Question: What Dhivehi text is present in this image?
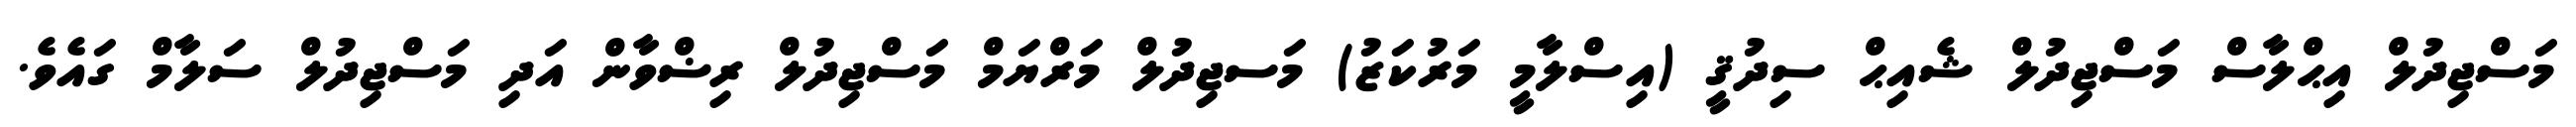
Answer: މަސްޖިދުލް އިޙްލާސް މަސްޖިދުލް ޝެއިޙް ސިދުޤީ (އިސްލާމީ މަރުކަޒު) މަސޖިދުލް މަރްޔަމް މަސްޖިދުލް ރިޟްވާން އަދި މަސްޖިދުލް ސަލާމް ގައެވެ.